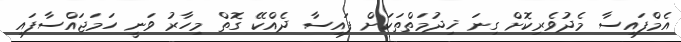
އެމްފައިސާ މެދުވެރިކޮށް ގިނަ ޚިދުމަތްތަކަށް ފައިސާ ދެއްކޭ ގޮތް މިހާރު ވަނީ ހަމަޖައްސާފައި